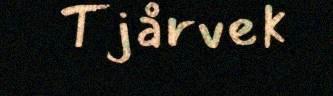
Tjårvek